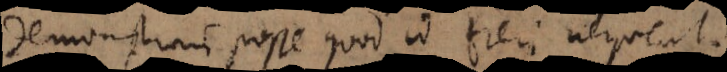
demonstrari posse quod id fieri nequeat.